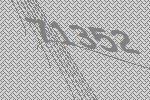
71352